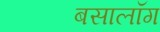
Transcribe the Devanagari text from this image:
बसालॉग